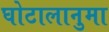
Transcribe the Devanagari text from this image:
घोटालानुमा